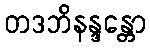
တဒဘိနန္ဒန္တော